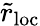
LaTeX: \tilde{r}_{\mathrm{loc}}